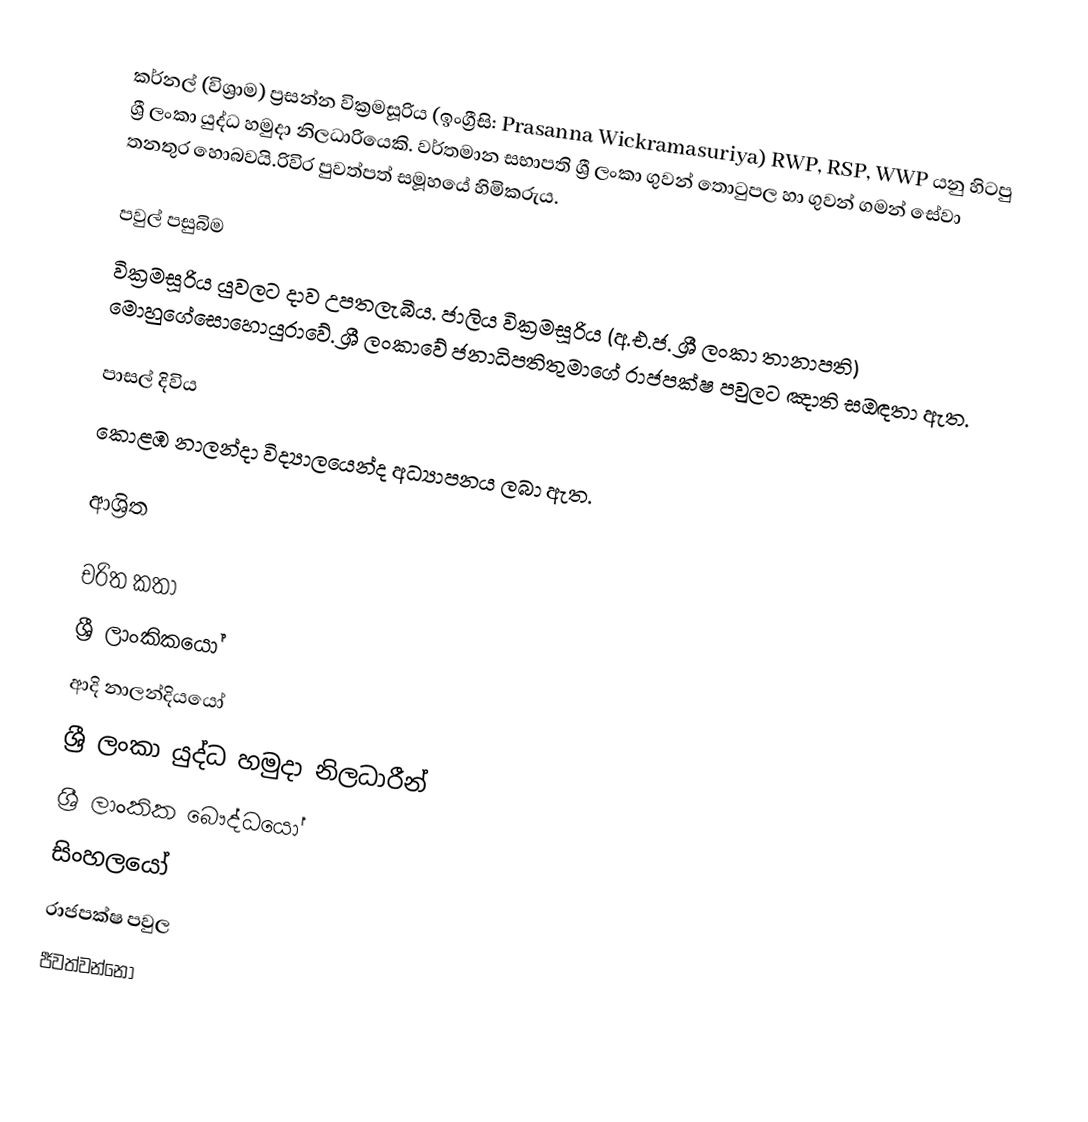
කර්නල් (විශ්‍රාම) ප්‍රසන්න වික්‍රමසූරිය  (ඉංග්‍රීසි: Prasanna Wickramasuriya) RWP, RSP, WWP යනු හිටපු ශ්‍රී ලංකා යුද්ධ හමුදා නිලධාරියෙකි. වර්තමාන සභාපති ශ්‍රී ලංකා ගුවන් තොටුපල හා ගුවන් ගමන් සේවා තනතුර හොබවයි.රිවිර පුවත්පත් සමූහයේ හිමිකරුය.

පවුල් පසුබිම
වික්‍රමසූරිය යුවලට දාව උපතලැබීය. ජාලිය වික්‍රමසූරිය (අ.එ.ජ. ශ්‍රී ලංකා තානාපති) මොහුගේසොහොයුරාවේ. ශ්‍රී ලංකාවේ ජනාධිපතිතුමාගේ රාජපක්ෂ පවුලට  ඤාති සඔඳතා ඇත.

පාසල් දිවිය
කොළඹ නාලන්දා විද්‍යාලයෙන්ද අධ්‍යාපනය ලබා ඇත.

ආශ්‍රිත

චරිත කතා
ශ්‍රී ලාංකිකයෝ
ආදි නාලන්දියයෝ
ශ්‍රී ලංකා යුද්ධ හමුදා නිලධාරීන්
ශ්‍රී ලාංකික බෞද්ධයෝ
සිංහලයෝ
රාජපක්ෂ පවුල
ජීවත්වන්නෝ